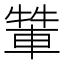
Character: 𨌾